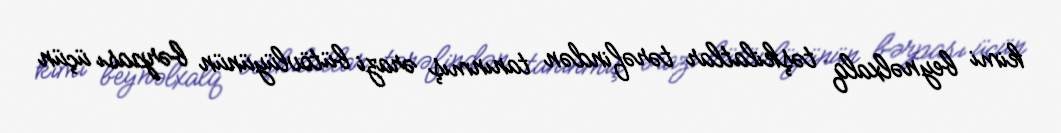
kimi beynəlxalq təşkilatlar tərəfindən tanınmış ərazi bütövlüyünün bərpası üçün